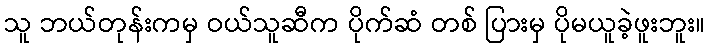
သူ ဘယ်တုန်းကမှ ဝယ်သူဆီက ပိုက်ဆံ တစ် ပြားမှ ပိုမယူခဲ့ဖူးဘူး။